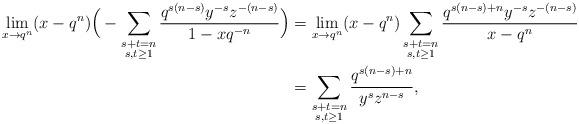
LaTeX: \begin{align*}\lim_{x\rightarrow q^{n}}(x-q^{n})\Big ( -\sum_{\substack{s+t=n\\ s,t\ge 1}}\frac{q^{s(n-s)}y^{-s}z^{-(n-s)}}{1-xq^{-n}}\Big )&=\lim_{x\rightarrow q^{n}}(x-q^{n})\sum_{\substack{s+t=n\\ s,t\ge 1}}\frac{q^{s(n-s)+n}y^{-s}z^{-(n-s)}}{x-q^{n}}\\&=\sum_{\substack{s+t=n\\ s,t\ge 1}}\frac{q^{s(n-s)+n}}{y^{s}z^{n-s}},\end{align*}